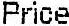
PRICE